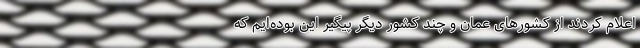
اعلام کردند از کشورهای عمان و چند کشور دیگر پیگیر این بوده‌ایم که